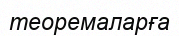
теоремаларға